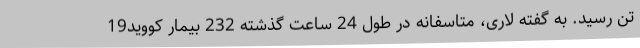
تن رسید. به گفته لاری، متاسفانه در طول 24 ساعت گذشته 232 بیمار کووید19